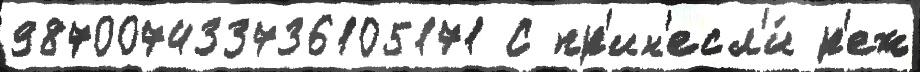
987007433736105171 С пр'ин'есл'и́ р'еж